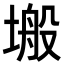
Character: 𭏜